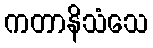
ကတာနိသံသေ